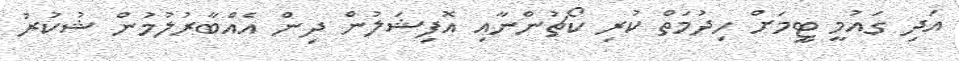
އަދި ގައުމީ ޓީމަށް ހިދުމަތް ކުރި ކޯޗުންނާއި އޮފިޝަލުން ދިން އެއްބާރުލުމުން ޝުކުރު